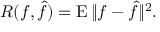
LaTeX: R ( f , { \hat { f } } ) = \operatorname { E } \| f - { \hat { f } } \| ^ { 2 } .